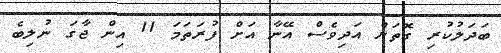
ބަދަލުކުރި ގޮތަށް އަދިވެސް އޭނާ އަށް ފުރަތަމަ 11 އިން ޖާގަ ނުލިބެ